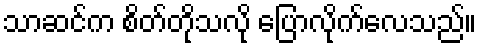
သာဆင်က စိတ်တိုသလို ပြောလိုက်လေသည်။